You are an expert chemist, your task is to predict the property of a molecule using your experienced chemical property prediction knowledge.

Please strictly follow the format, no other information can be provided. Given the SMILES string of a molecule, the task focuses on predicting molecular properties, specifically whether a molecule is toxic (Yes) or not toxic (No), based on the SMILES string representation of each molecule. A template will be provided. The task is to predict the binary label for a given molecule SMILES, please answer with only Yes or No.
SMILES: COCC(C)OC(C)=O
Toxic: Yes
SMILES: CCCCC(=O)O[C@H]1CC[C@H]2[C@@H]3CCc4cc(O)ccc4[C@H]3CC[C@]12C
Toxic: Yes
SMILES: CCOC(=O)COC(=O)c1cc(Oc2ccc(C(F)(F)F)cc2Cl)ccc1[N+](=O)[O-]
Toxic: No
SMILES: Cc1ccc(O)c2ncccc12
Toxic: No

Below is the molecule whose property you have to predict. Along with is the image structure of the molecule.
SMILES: Cn1cc(S(C)=O)c(=O)c2ccc(F)cc21
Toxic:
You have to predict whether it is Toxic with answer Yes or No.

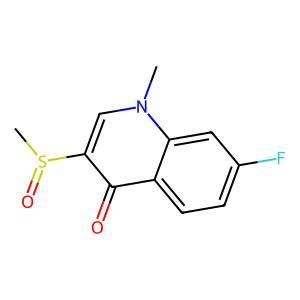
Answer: No